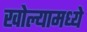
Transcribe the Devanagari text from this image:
खोल्यामध्ये